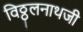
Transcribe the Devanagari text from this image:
विठ्ठलनाथजी